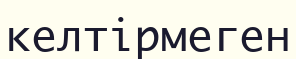
келтірмеген